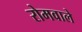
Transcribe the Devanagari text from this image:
रोमवाले